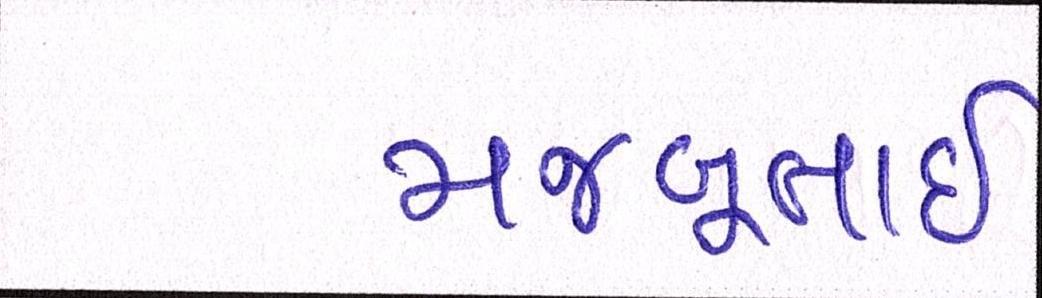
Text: મજબૂતાઈ